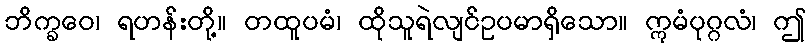
ဘိက္ခဝေ၊ ရဟန်းတို့။ တထူပမံ၊ ထိုသူရဲလျင်ဥပမာရှိသော။ ဣမံပုဂ္ဂလံ၊ ဤ